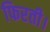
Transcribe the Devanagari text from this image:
फिरती।